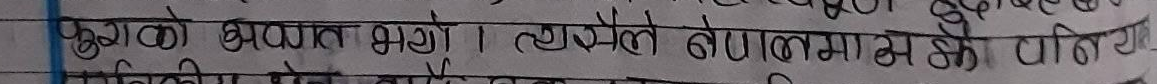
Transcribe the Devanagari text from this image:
हस्को अपराध भयो। त्यसैले नेपालमा के वाटि